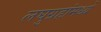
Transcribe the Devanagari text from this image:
लघुग्रहांमध्ये